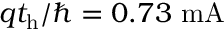
q t _ { \mathrm { h } } / \hbar = 0 . 7 3 ~ \mathrm { m A }